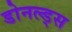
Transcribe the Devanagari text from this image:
डोनल्ड्स